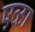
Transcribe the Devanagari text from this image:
एळा